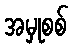
အမှုစစ်